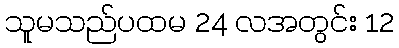
သူမသည်ပထမ 24 လအတွင်း 12